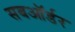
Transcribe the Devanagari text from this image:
सबऑर्डर